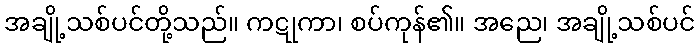
အချို့သစ်ပင်တို့သည်။ ကဋုကာ၊ စပ်ကုန်၏။ အညေ၊ အချို့သစ်ပင်